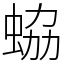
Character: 蛠